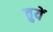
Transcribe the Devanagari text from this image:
तुयें